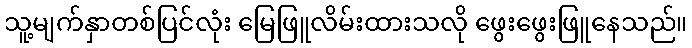
သူ့မျက်နှာတစ်ပြင်လုံး မြေဖြူလိမ်းထားသလို ဖွေးဖွေးဖြူနေသည်။